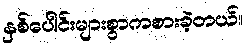
နှစ်ပေါင်းများစွာကစားခဲ့တယ်။